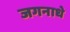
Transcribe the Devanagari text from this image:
जगनाधे